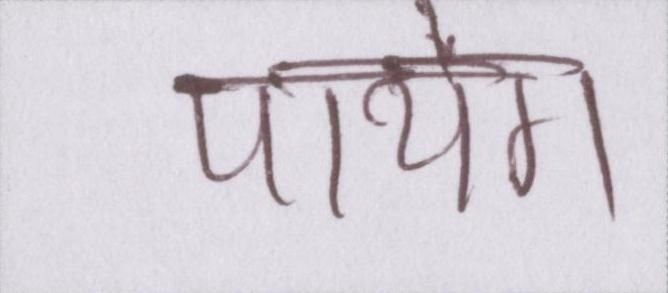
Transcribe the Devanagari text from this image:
पायेंगे